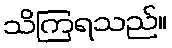
သိကြရသည်။